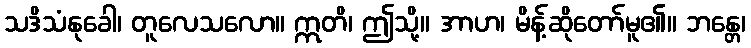
သဒိသံနုခေါ၊ တူလေသလော။ ဣတိ၊ ဤသို့။ အာဟ၊ မိန့်ဆိုတော်မူ၏။ ဘန္တေ၊